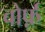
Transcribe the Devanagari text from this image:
वोर्फ़